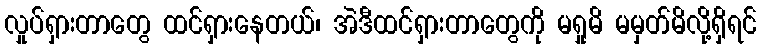
လှုပ်ရှားတာတွေ ထင်ရှားနေတယ်၊ အဲဒီထင်ရှားတာတွေကို မရှုမိ မမှတ်မိလို့ရှိရင်